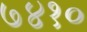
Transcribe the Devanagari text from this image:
७४१०